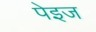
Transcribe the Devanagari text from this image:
पेइज